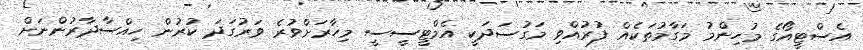
އެސްޓީއޯގެ މުހިންމު މަގާމުތަކެއް ފުރުއްވި މަގުސަދަކީ އެމްޓީސީސީ މިހާރަށްވުރެ ވަރުގަދަ ކުރުން ހިއްސާދާރުންނަށް